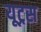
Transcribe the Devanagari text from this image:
यूट्रस